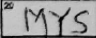
Transcription: MYS